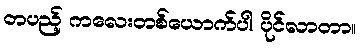
တပည့် ကလေးတစ်ယောက်ပါ ပိုင်လာတာ။